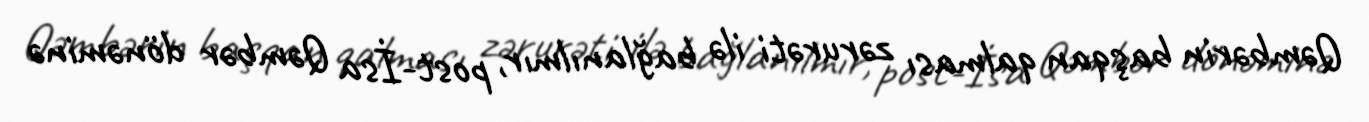
Qəmbərin başqan qalması zərurəti ilə bağlanılmır, post-İsa Qəmbər dönəminə